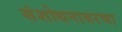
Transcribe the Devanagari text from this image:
संशोधनावरचा